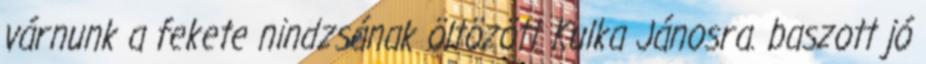
várnunk a fekete nindzsának öltözött Kulka Jánosra. baszott jó